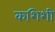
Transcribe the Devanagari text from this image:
कशिशी